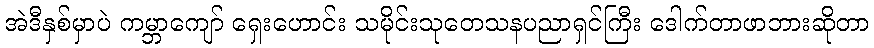
အဲဒီနှစ်မှာပဲ ကမ္ဘာကျော် ရှေးဟောင်း သမိုင်းသုတေသနပညာရှင်ကြီး ဒေါက်တာဖာဘားဆိုတာ